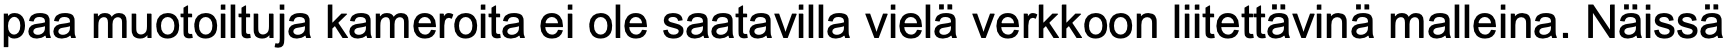
paa muotoiltuja kameroita ei ole saatavilla vielä verkkoon liitettävinä malleina. Näissä